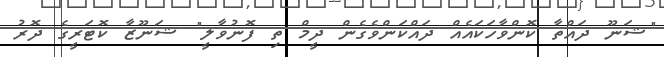
"ޝަނޫ ދައްތާ ކޮންވާހަކައެއް ދައްކަންވެގެން ދީމް ތި ފޮނުވާލީ" ޝަނޫޒާ ކޮޓަރީގެ ދޮރު